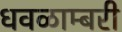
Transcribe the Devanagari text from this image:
धवळाम्बरी